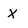
Character: X